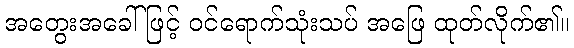
အတွေးအခေါ်ဖြင့် ဝင်ရောက်သုံးသပ် အဖြေ ထုတ်လိုက်၏။